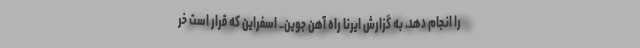
را انجام دهد. به گزارش ایرنا راه آهن جوین_ اسفراین که قرار است خر